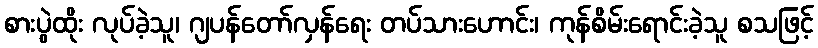
စားပွဲထိုး လုပ်ခဲ့သူ၊ ဂျပန်တော်လှန်ရေး တပ်သားဟောင်း၊ ကုန်စိမ်းရောင်းခဲ့သူ စသဖြင့်